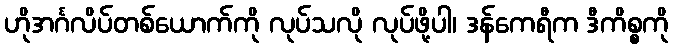
ဟိုအင်္ဂလိပ်တစ်ယောက်ကို လုပ်သလို လုပ်ဖို့ပါ၊ ဒန်ကေရီက ဒီကိစ္စကို